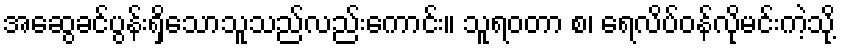
အဆွေခင်ပွန်းရှိသောသူသည်လည်းကောင်း။ သူရဝတာ စ၊ ရေလိပ်ဝန်လိုမင်းကဲ့သို့